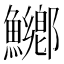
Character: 鱜